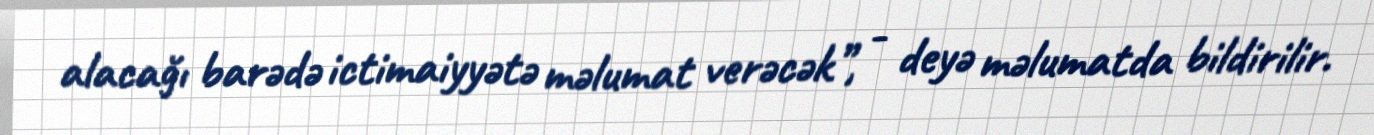
alacağı barədə ictimaiyyətə məlumat verəcək”, - deyə məlumatda bildirilir.